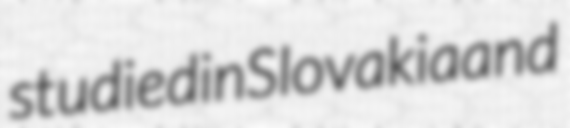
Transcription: studied in Slovakia and